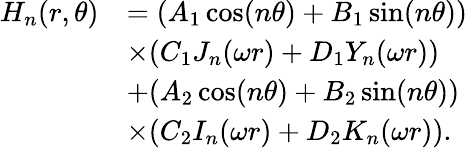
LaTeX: \begin{array}{rl}{H_{n}(r,\theta)}&{=(A_{1}\cos(n\theta)+B_{1}\sin(n\theta))}\\ &{\times(C_{1}J_{n}(\omega r)+D_{1}Y_{n}(\omega r))}\\ &{+(A_{2}\cos(n\theta)+B_{2}\sin(n\theta))}\\ &{\times(C_{2}I_{n}(\omega r)+D_{2}K_{n}(\omega r)).}\end{array}